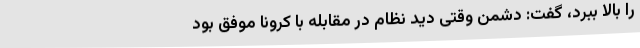
را بالا ببرد، گفت: دشمن وقتی دید نظام در مقابله با کرونا موفق بود